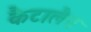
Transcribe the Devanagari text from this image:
कैटालैन